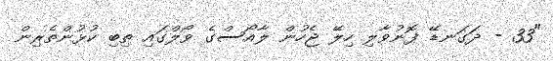
"33 - ދަގަނޑޭ ފޮނުވާލި ހިލޭ ޖެހުން ލާއޯސްގެ ވޯލްގައި ތިބި ކުޅުންތެރިން